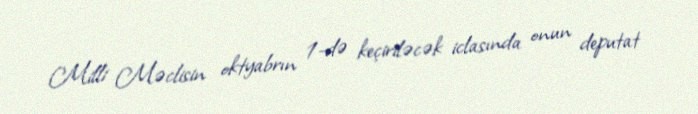
Milli Məclisin oktyabrın 1-də keçiriləcək iclasında onun deputat